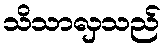
သိသာလှသည်